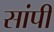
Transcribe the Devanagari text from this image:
सांपी